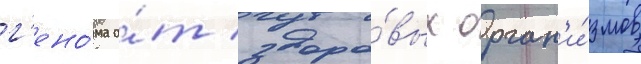
г'ено́ма о́т здоро́вых орган'и́змов